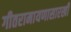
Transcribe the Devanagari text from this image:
गीतरामायणासारखी